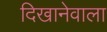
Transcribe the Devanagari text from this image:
दिखानेवाला